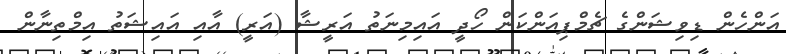
އަންހެން ޑިވިޝަންގެ ޗެމްޕިއަންކަން ހޯދީ އައިމިނަތު އަރީޝާ (އަރީ) އާއި އައިޝަތު އިމްތިނާން